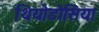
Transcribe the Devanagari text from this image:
थियोडोसिया